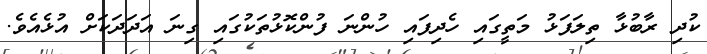
ކުދި ރާބުޅާ ތިލަފަޅު މަތީގައި ހެދިފައި ހުންނަ ފުންކޮޅުތަކުގައި ގިނަ އަދަދަކަށް އުޅެއެވެ.